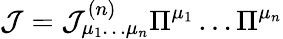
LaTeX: {\cal J}={\cal J}_{\mu_{1}\dots\mu_{n}}^{(n)}\Pi^{\mu_{1}}\dots\Pi^{\mu_{n}}